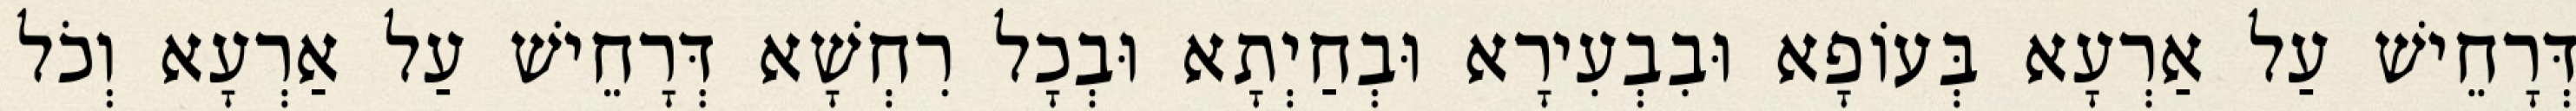
דְּרָחֵישׁ עַל אַרְעָא בְּעוֹפָא וּבִבְעִירָא וּבְחַיְתָא וּבְכָל רִחְשָׁא דְּרָחֵישׁ עַל אַרְעָא וְכֹל